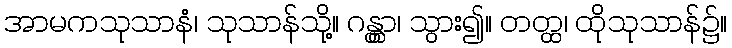
အာမကသုသာနံ၊ သုသာန်သို့။ ဂန္တွာ၊ သွား၍။ တတ္ထ၊ ထိုသုသာန်၌။